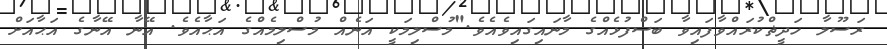
ރަސޫލާ ހަދީޡްކުރައްވާފައިވާ ބަސްފުޅެއްގެ މާނައިގައިވެއެވެ."މުސްލިމަކީ އަނެއް މުސްލިމެއްގެ އަޙާއެވެ. އޭނާ އޭނާގެ އަޙާއަށް